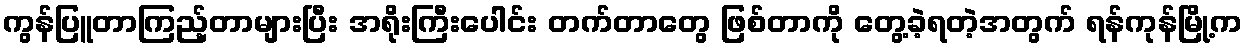
ကွန်ပြူတာကြည့်တာများပြီး အရိုးကြီးပေါင်း တက်တာတွေ ဖြစ်တာကို တွေ့ခဲ့ရတဲ့အတွက် ရန်ကုန်မြို့က